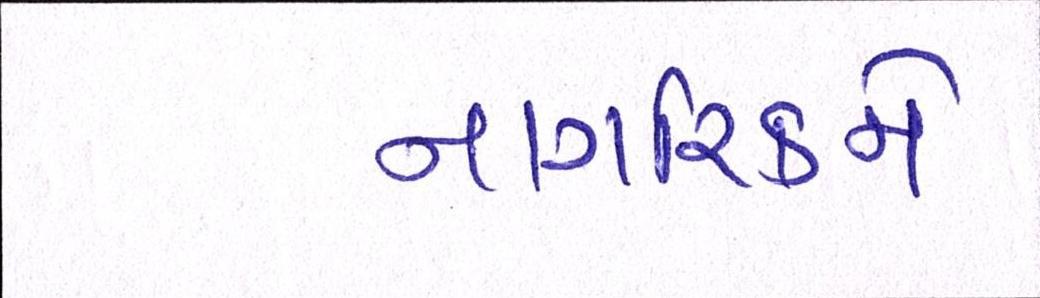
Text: નાગરિકને